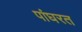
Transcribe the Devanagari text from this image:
पांघरत